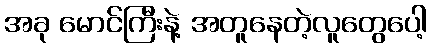
အခု မောင်ကြီးနဲ့ အတူနေတဲ့လူတွေပေါ့